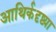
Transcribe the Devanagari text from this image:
आथिर्कदृष्ट्या